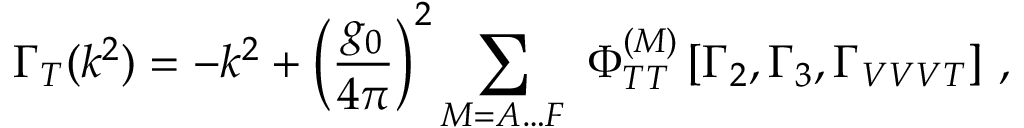
\Gamma _ { T } ( k ^ { 2 } ) = - k ^ { 2 } + \left( \frac { g _ { 0 } } { 4 \pi } \right) ^ { 2 } \sum _ { M = A \ldots F } \, \, \Phi _ { T T } ^ { ( M ) } \left[ \Gamma _ { 2 } , \Gamma _ { 3 } , \Gamma _ { V V V T } \right] \, ,